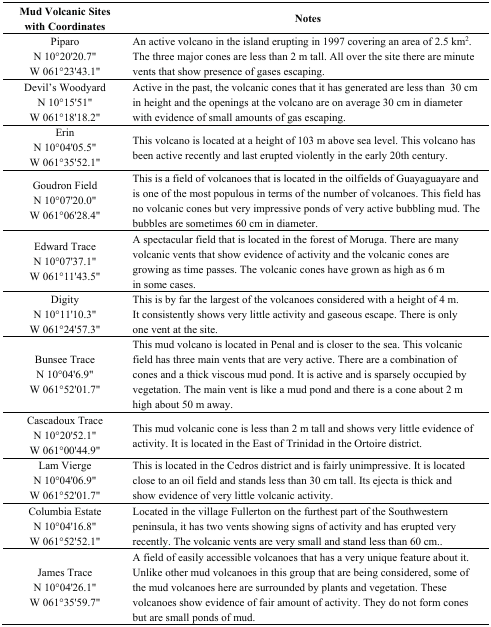
<table><thead><tr><td><b>Mud Volcanic Sites with Coordinates</b></td><td><b>Notes</b></td></tr></thead><tbody><tr><td>Piparo N 10°20&#x27;20.7&quot; W 061°23&#x27;43.1&quot;</td><td>An active volcano in the island erupting in 1997 covering an area of 2.5 km<sup>2</sup>. The three major cones are less than 2 m tall. All over the site there are minute vents that show presence of gases escaping.</td></tr><tr><td>Devil’s Woodyard N 10°15&#x27;51&quot; W 061°18&#x27;18.2&quot;</td><td>Active in the past, the volcanic cones that it has generated are less than 30 cm in height and the openings at the volcano are on average 30 cm in diameter with evidence of small amounts of gas escaping.</td></tr><tr><td>Erin N 10°04&#x27;05.5&quot; W 061°35&#x27;52.1&quot;</td><td>This volcano is located at a height of 103 m above sea level. This volcano has been active recently and last erupted violently in the early 20th century.</td></tr><tr><td>Goudron Field N 10°07&#x27;20.0&quot; W 061°06&#x27;28.4&quot;</td><td>This is a field of volcanoes that is located in the oilfields of Guayaguayare and is one of the most populous in terms of the number of volcanoes. This field has no volcanic cones but very impressive ponds of very active bubbling mud. The bubbles are sometimes 60 cm in diameter.</td></tr><tr><td>Edward Trace N 10°07&#x27;37.1&quot; W 061°11&#x27;43.5&quot;</td><td>A spectacular field that is located in the forest of Moruga. There are many volcanic vents that show evidence of activity and the volcanic cones are growing as time passes. The volcanic cones have grown as high as 6 m in some cases.</td></tr><tr><td>Digity N 10°11&#x27;10.3&quot; W 061°24&#x27;57.3&quot;</td><td>This is by far the largest of the volcanoes considered with a height of 4 m. It consistently shows very little activity and gaseous escape. There is only one vent at the site.</td></tr><tr><td>Bunsee Trace N 10°04&#x27;6.9&quot; W 061°52&#x27;01.7&quot;</td><td>This mud volcano is located in Penal and is closer to the sea. This volcanic field has three main vents that are very active. There are a combination of cones and a thick viscous mud pond. It is active and is sparsely occupied by vegetation. The main vent is like a mud pond and there is a cone about 2 m high about 50 m away.</td></tr><tr><td>Cascadoux Trace N 10°20&#x27;52.1&quot; W 061°00&#x27;44.9&quot;</td><td>This mud volcanic cone is less than 2 m tall and shows very little evidence of activity. It is located in the East of Trinidad in the Ortoire district.</td></tr><tr><td>Lam Vierge N 10°04&#x27;06.9&quot; W 061°52&#x27;01.7&quot;</td><td>This is located in the Cedros district and is fairly unimpressive. It is located close to an oil field and stands less than 30 cm tall. Its ejecta is thick and show evidence of very little volcanic activity.</td></tr><tr><td>Columbia Estate N 10°04&#x27;16.8&quot; W 061°52&#x27;52.1&quot;</td><td>Located in the village Fullerton on the furthest part of the Southwestern peninsula, it has two vents showing signs of activity and has erupted very recently. The volcanic vents are very small and stand less than 60 cm..</td></tr><tr><td>James Trace N 10°04&#x27;26.1&quot; W 061°35&#x27;59.7&quot;</td><td>A field of easily accessible volcanoes that has a very unique feature about it. Unlike other mud volcanoes in this group that are being considered, some of the mud volcanoes here are surrounded by plants and vegetation. These volcanoes show evidence of fair amount of activity. They do not form cones but are small ponds of mud.</td></tr></tbody></table>